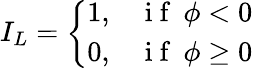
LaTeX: I_{L}=\left\{ \begin{array}{ll}{1,}&{\mathrm{~i~f~}\: \phi<0}\\ {0,}&{\mathrm{~i~f~}\: \phi\geq 0}\end{array}\right.